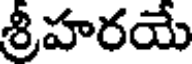
శ్రీహరయే